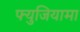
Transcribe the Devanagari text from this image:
फ्युजियामा